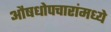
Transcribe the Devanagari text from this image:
औषधोपचारांमध्ये